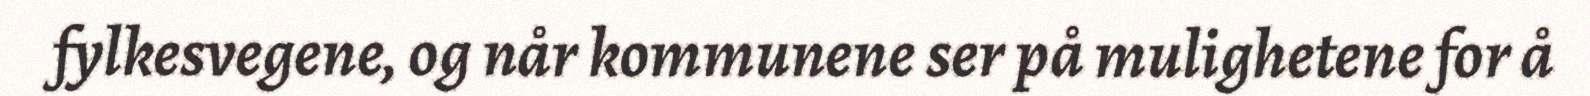
fylkesvegene, og når kommunene ser på mulighetene for å